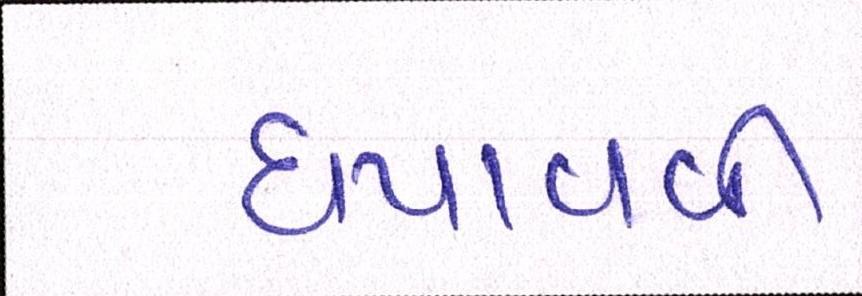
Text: ધપાવવી